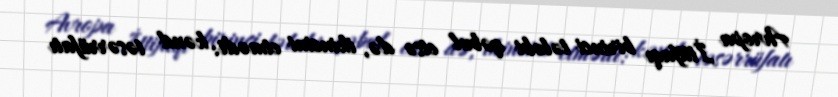
Avropa İttifaqı birinci tələbi qəbul etsə də, ikincini etmədi: kənd təsərrüfatı